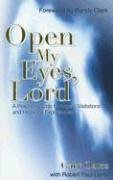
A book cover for Open My Eyes, Lord: A Pratical Guide to Angelic Visitations and Heavenly Experiences; Gary Oates; Christian Books & Bibles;